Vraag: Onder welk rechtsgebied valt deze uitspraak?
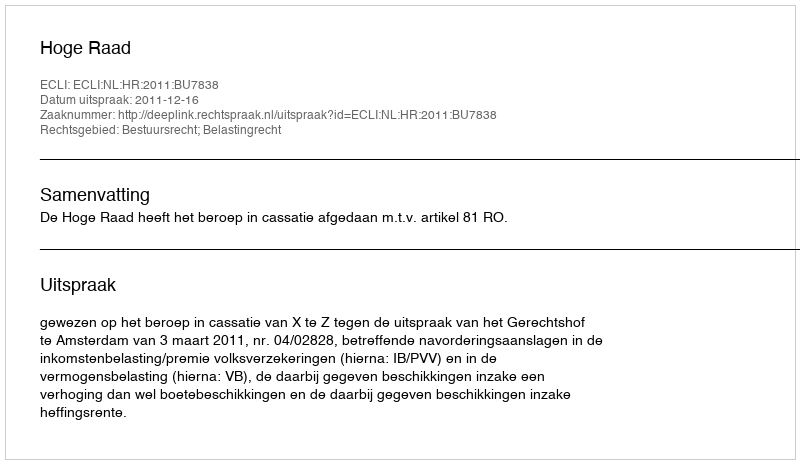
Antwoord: Bestuursrecht; Belastingrecht